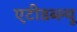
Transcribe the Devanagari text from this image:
एटीडब्ल्यू